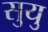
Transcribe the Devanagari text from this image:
सुयु